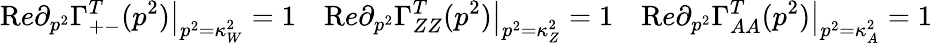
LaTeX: {\mathrm Re}\partial_{p^{2}}\Gamma_{+-}^{T}(p^{2})\big|_{p^{2}=\kappa_{W}^{2}}=1\quad{\mathrm Re}\partial_{p^{2}}\Gamma_{ZZ}^{T}(p^{2})\big|_{p^{2}=\kappa_{Z}^{2}}=1\quad{\mathrm Re}\partial_{p^{2}}\Gamma_{AA}^{T}(p^{2})\big|_{p^{2}=\kappa_{A}^{2}}=1